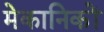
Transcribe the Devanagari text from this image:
मेकानिकों